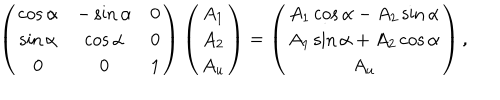
\left( \begin{matrix} { { \cos \alpha } } & { { - \sin \alpha } } & { { 0 } } \\ { { \sin \alpha } } & { { \cos \alpha } } & { { 0 } } \\ { { 0 } } & { { 0 } } & { { 1 } } \\ \end{matrix} \right) \left( \begin{matrix} { { A _ { 1 } } } \\ { { A _ { 2 } } } \\ { { A _ { u } } } \\ \end{matrix} \right) = \left( \begin{matrix} { { A _ { 1 } \cos \alpha - A _ { 2 } \sin \alpha } } \\ { { A _ { 1 } \sin \alpha + A _ { 2 } \cos \alpha } } \\ { { A _ { u } } } \\ \end{matrix} \right) ,